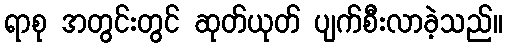
ရာစု အတွင်းတွင် ဆုတ်ယုတ် ပျက်စီးလာခဲ့သည်။